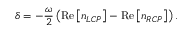
\delta = - \frac { \omega } { 2 } \left( \mathrm { R e } \left[ n _ { L C P } \right] - \mathrm { R e } \left[ n _ { R C P } \right] \right) .